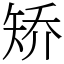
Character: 矫